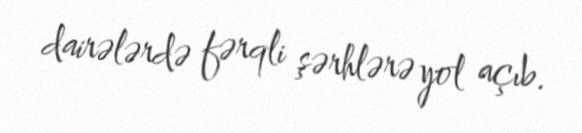
dairələrdə fərqli şərhlərə yol açıb.